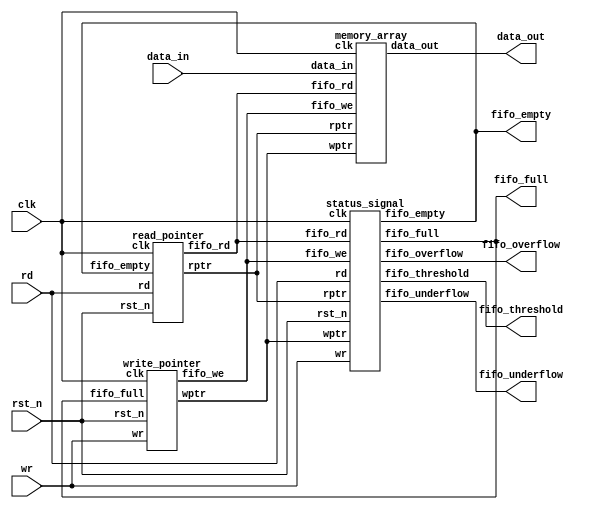
module fifo_mem(data_out,fifo_full, fifo_empty, fifo_threshold, fifo_overflow, fifo_underflow,clk, rst_n, wr, rd, data_in);  
  
  input wr, rd, clk, rst_n;

  input[7:0] data_in;   
  
  output[7:0] data_out;  
  
  output fifo_full, fifo_empty, fifo_threshold, fifo_overflow, fifo_underflow;  
  
  wire[4:0] wptr,rptr;  
  
  wire fifo_we,fifo_rd;   
  
  write_pointer u1(wptr,fifo_we,wr,fifo_full,clk,rst_n);  
  
  read_pointer u2(rptr,fifo_rd,rd,fifo_empty,clk,rst_n);  
  
  memory_array u3(data_out, data_in, clk,fifo_we,fifo_rd, wptr,rptr);  
  
  status_signal u4(fifo_full, fifo_empty, fifo_threshold, fifo_overflow, fifo_underflow, wr, rd, fifo_we, fifo_rd, wptr,rptr,clk,rst_n);  

endmodule  

module read_pointer(rptr,fifo_rd,rd,fifo_empty,clk,rst_n);  
  
  input rd,fifo_empty,clk,rst_n;  
  
  output[4:0] rptr;  
  
  output fifo_rd;  
  
  reg[4:0] rptr;  
  
  assign fifo_rd = (~fifo_empty)& rd;  
  always @(posedge clk or negedge rst_n)  
  begin  
   if(~rst_n) rptr <= 5'b00000;  
   else if(fifo_rd)  
    rptr <= rptr + 5'b00001;  
   else  
    rptr <= rptr;  
  end  

endmodule 

module write_pointer(wptr,fifo_we,wr,fifo_full,clk,rst_n);  
  
  input wr,fifo_full,clk,rst_n;  
  
  output[4:0] wptr;  
  
  output fifo_we;  
  
  reg[4:0] wptr;  
  
  assign fifo_we = (~fifo_full)&wr;  
  always @(posedge clk or negedge rst_n)  
  begin  
   if(~rst_n) wptr <= 5'b00000;  
   else if(fifo_we)  
    wptr <= wptr + 5'b00001;  
   else  
    wptr <= wptr;  
  end  

endmodule  

module memory_array(data_out, data_in, clk,fifo_we,fifo_rd, wptr,rptr);  
  
  input[7:0] data_in;  
  
  input clk,fifo_we,fifo_rd;  
  
  input[4:0] wptr,rptr;  
  
  output[7:0] data_out;  
  
  reg[7:0] data_out2[31:0];  
  
  reg[7:0] data_out;  
  always @(posedge clk)  
  begin  
   if(fifo_we)   
      data_out2[wptr[4:0]] <=data_in ;  
  end  
  always @(posedge clk) 
  begin
    if(fifo_rd)
      data_out <= data_out2[rptr[4:0]]; 
  end

endmodule

module status_signal(fifo_full, fifo_empty, fifo_threshold, fifo_overflow, fifo_underflow, wr, rd, fifo_we, fifo_rd, wptr,rptr,clk,rst_n);  
  
  input wr, rd, fifo_we, fifo_rd,clk,rst_n;  
  
  input[4:0] wptr, rptr;  
  
  output fifo_full, fifo_empty, fifo_threshold, fifo_overflow, fifo_underflow;  
  
  wire fbit_comp, overflow_set, underflow_set;  
  wire pointer_equal;  
  wire[4:0] pointer_result;  
  
  reg fifo_full, fifo_empty, fifo_threshold, fifo_overflow, fifo_underflow;  
  
  assign fbit_comp = wptr[4] ^ rptr[4];  
  assign pointer_equal = (wptr[3:0] - rptr[3:0]) ? 0:1;  
  assign overflow_set = fifo_full & wr;  
  assign underflow_set = fifo_empty&rd;  
  
  always @(*)  
  begin  
   fifo_full =(wptr>=5'b11111)? 1:0;  
   fifo_empty <= (~fbit_comp) & pointer_equal;  
   fifo_threshold = (wptr>=5'b01111) ? 1:0;  
  end  
  
  always @(posedge clk or negedge rst_n)  
  begin  
  if(~rst_n) fifo_overflow <=0;  
  else if((overflow_set==1)&&(fifo_rd==0))  
   fifo_overflow <=1;  
   else if(fifo_rd)  
    fifo_overflow <=0;  
    else  
     fifo_overflow <= fifo_overflow;  
  end  
  
  always @(posedge clk or negedge rst_n)  
  begin  
  if(~rst_n) fifo_underflow <=0;  
  else if((underflow_set==1)&&(fifo_we==0))  
   fifo_underflow <=1;  
   else if(fifo_we)  
    fifo_underflow <=0;  
    else  
     fifo_underflow <= fifo_underflow;  
  end  

endmodule